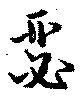
瑟